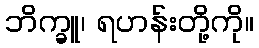
ဘိက္ခူ၊ ရဟန်းတို့ကို။